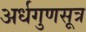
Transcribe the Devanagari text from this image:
अर्धगुणसूत्र